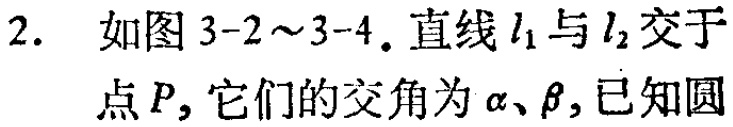
2. 如图3-2～3-4. 直线\(l_{1}\)与\(l_{2}\)交于点\(P\)，它们的交角为\(\alpha、\beta\)，已知圆